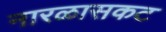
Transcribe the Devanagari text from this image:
नारळासकट